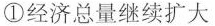
①经济总量继续扩大